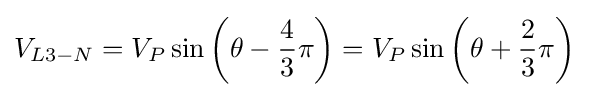
V_{L3-N}=V_{P}\sin \left(\theta -{\frac {4}{3}}\pi \right)=V_{P}\sin \left(\theta +{\frac {2}{3}}\pi \right)